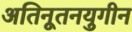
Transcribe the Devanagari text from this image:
अतिनूतनयुगीन